65_HS1-834228961_62-HQ-83894_Section_10
Agency: FBI
Page 180
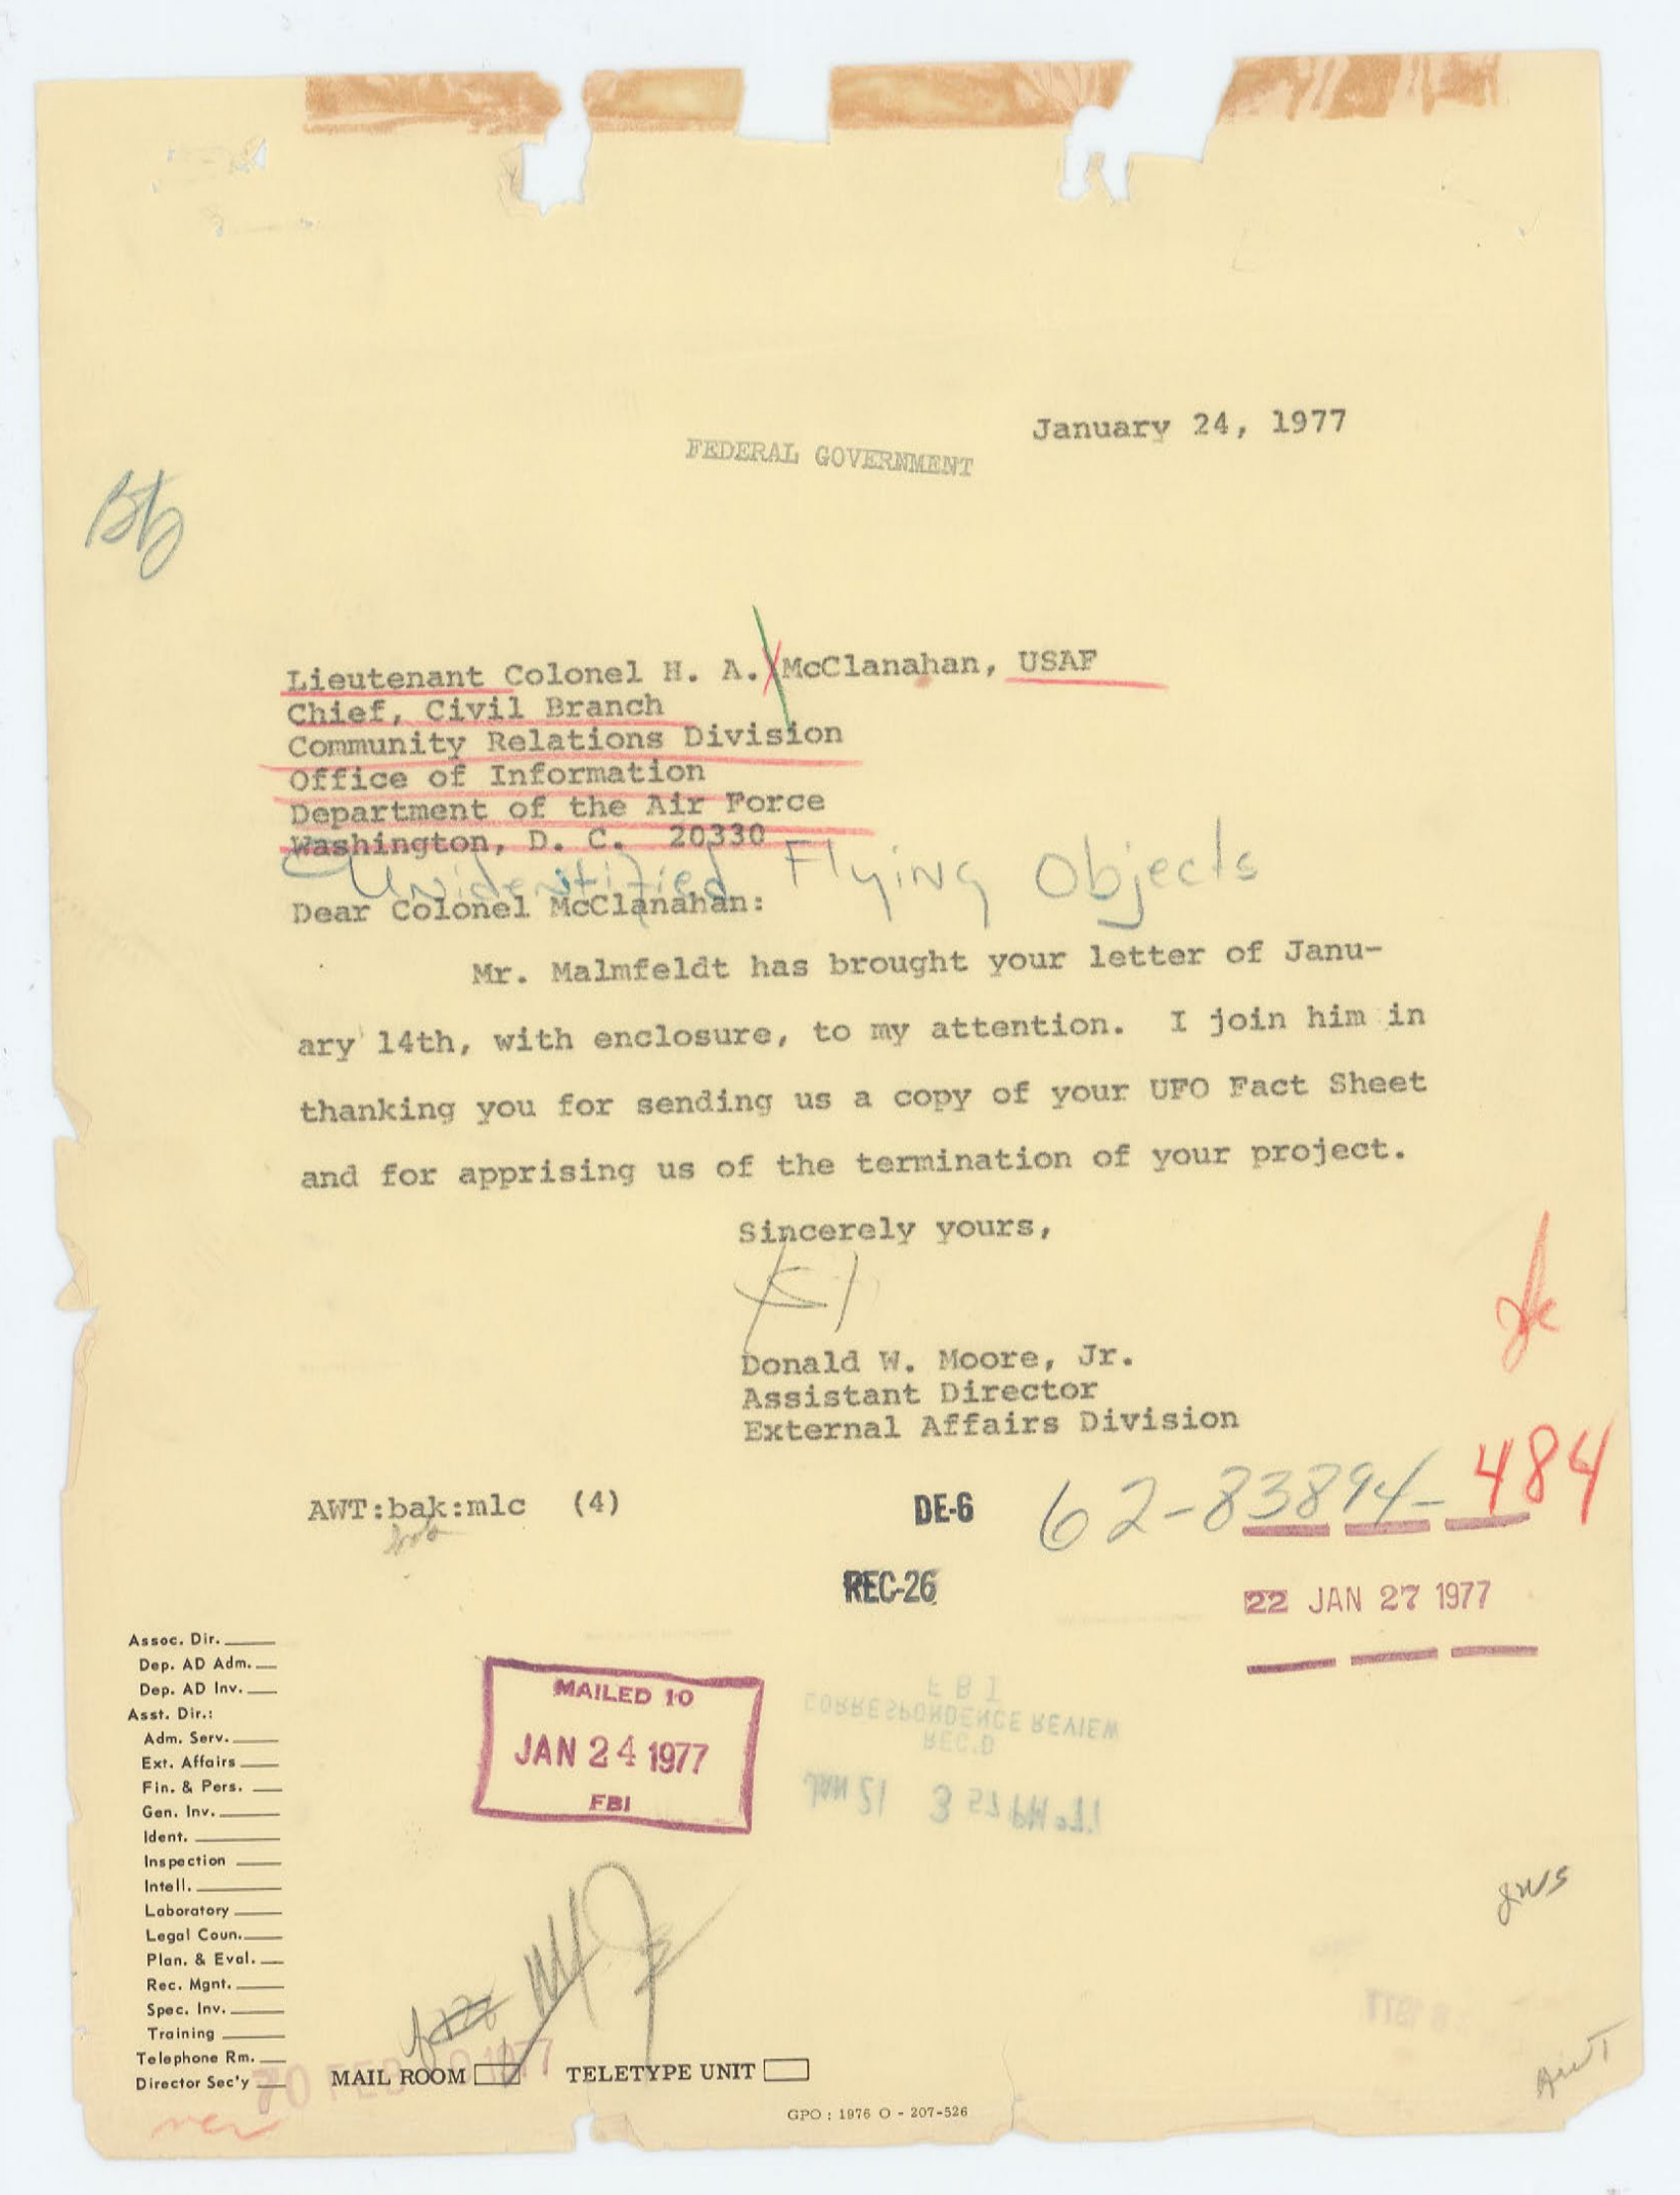